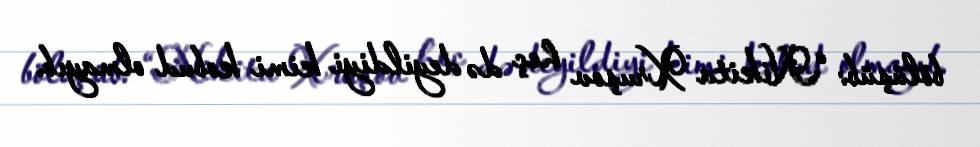
bölüşüb: “Nikita Xruşov heç də deyildiyi kimi kobud olmayıb.